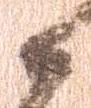
候